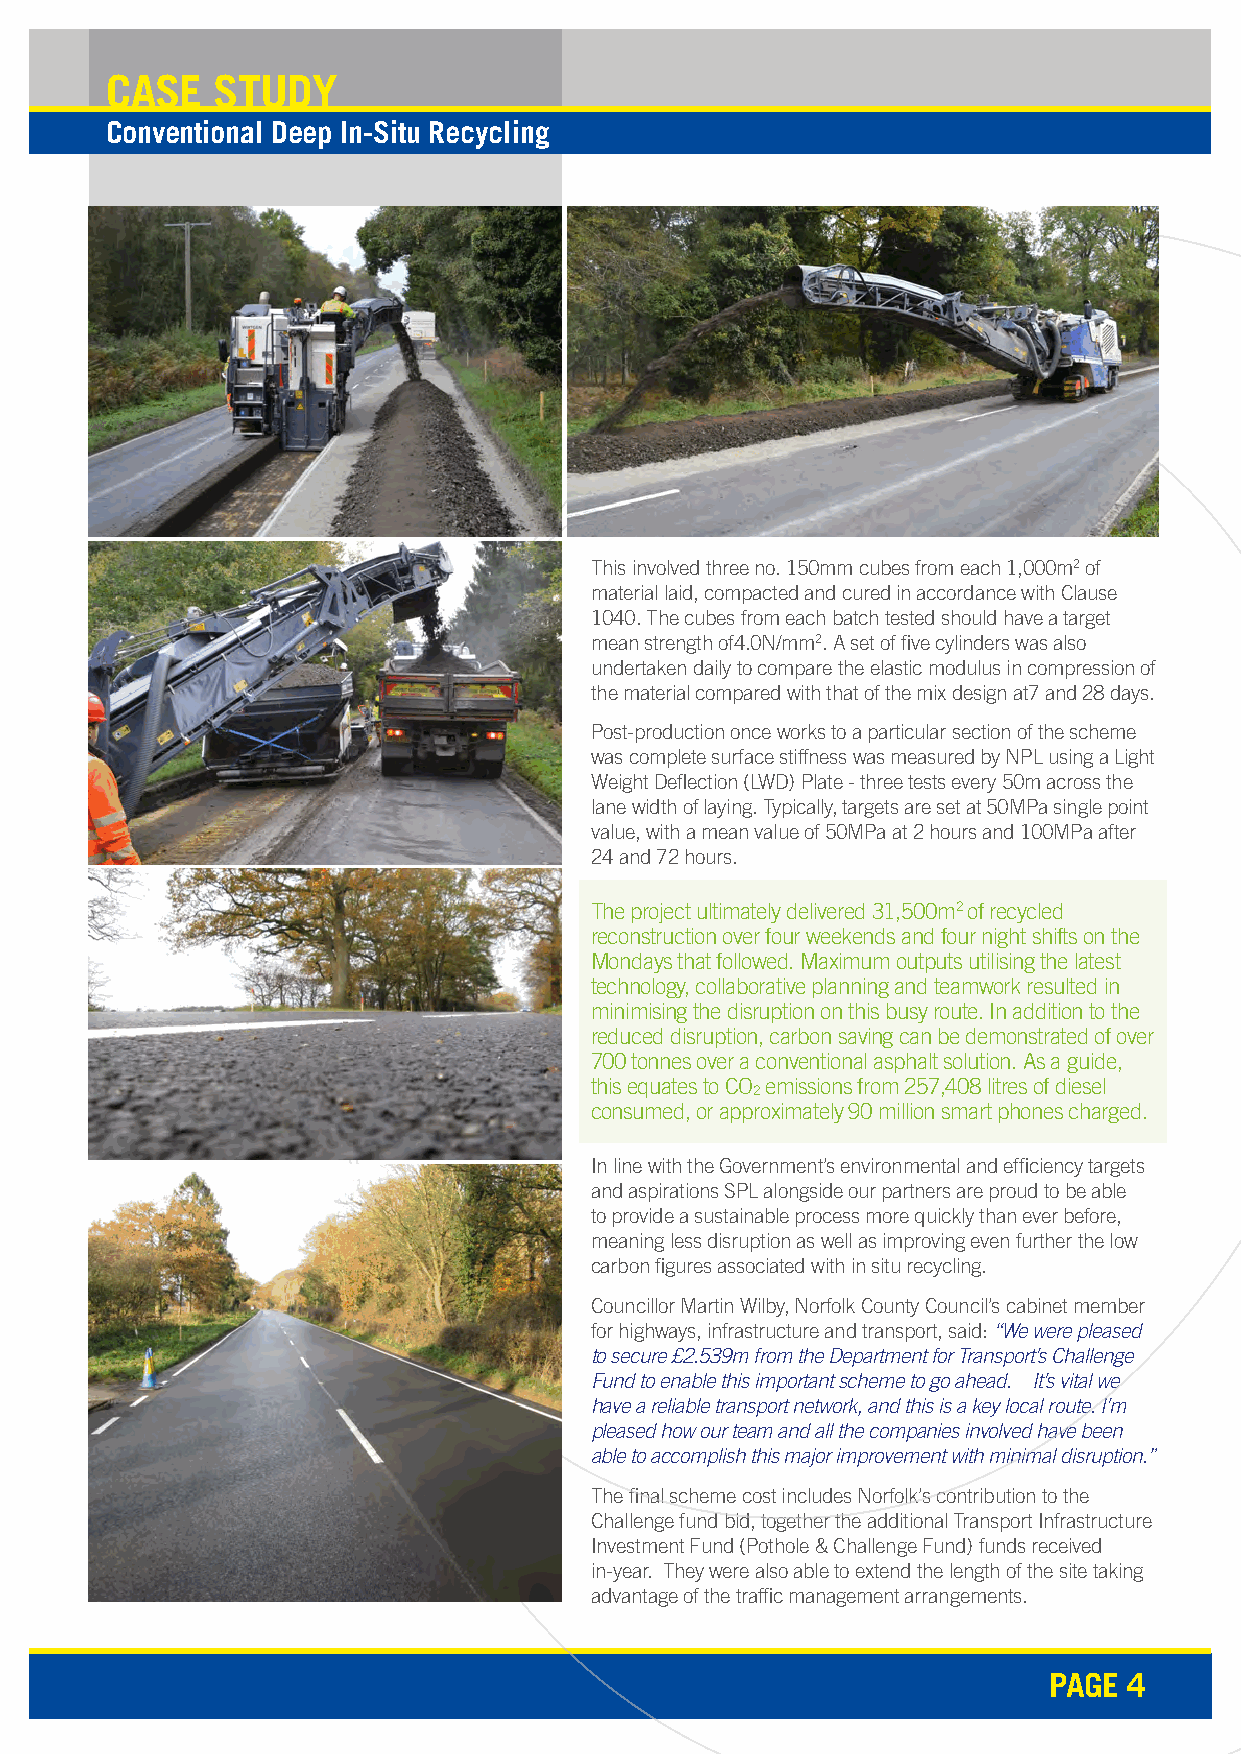
CASE   STUDY
 Conventional Deep In-Situ Recycling
 This involved three no. 150mm cubes from each 1,000m2 of
 material laid, compacted and cured in accordance with Clause
 1040. The cubes from each batch tested should have a target
 mean strength of4.0N/mm2. A set of five cylinders was also
 undertaken daily to compare the elastic modulus in compression of
 the material compared with that of the mix design at7 and 28 days.
 Post-production once works to a particular section of the scheme
 was complete surface stiffness was measured by NPL using a Light
 Weight Deflection (LWD) Plate - three tests every 50m across the
 lane width of laying. Typically, targets are set at 50MPa single point
 value, with a mean value of 50MPa at 2 hours and 100MPa after
 24 and 72 hours.
 The project ultimately delivered 31,500m2 of recycled
 reconstruction over four weekends and four night shifts on the
 Mondays that followed. Maximum outputs utilising the latest
 technology, collaborative planning and teamwork resulted in
 minimising the disruption on this busy route. In addition to the
 reduced disruption, carbon saving can be demonstrated of over
 700 tonnes over a conventional asphalt solution. As a guide,
 this equates to CO emissions from 257,408 litres of diesel
 2
 consumed, or approximately 90 million smart phones charged.
 In line with the Government’s environmental and efficiency targets
 and aspirations SPL alongside our partners are proud to be able
 to provide a sustainable process more quickly than ever before,
 meaning less disruption as well as improving even further the low
 carbon figures associated with in situ recycling.
 Councillor Martin Wilby, Norfolk County Council’s cabinet member
 for highways, infrastructure and transport, said: “We were pleased
 to secure £2.539m from the Department for Transport’s Challenge
 Fund to enable this important scheme to go ahead. It’s vital we
 have a reliable transport network, and this is a key local route. I’m
 pleased how our team and all the companies involved have been
 able to accomplish this major improvement with minimal disruption.”
 The final scheme cost includes Norfolk’s contribution to the
 Challenge fund bid, together the additional Transport Infrastructure
 Investment Fund (Pothole & Challenge Fund) funds received
 in-year. They were also able to extend the length of the site taking
 advantage of the traffic management arrangements.
 PAGE  4